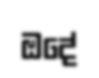
ඔදේ